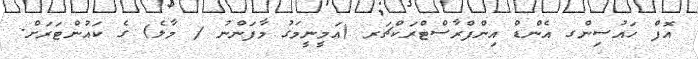
އޮފް ހައުސިންގ އެންޑް އިންފްރާސްޓްރަކްޗަރ (އަމީނީމަގު މާފަންނު / މާލެ) ގެ ކައުންޓަރަށް.